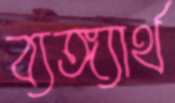
ব্যঙ্গ্যার্থ